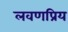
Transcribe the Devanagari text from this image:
लवणप्रिय